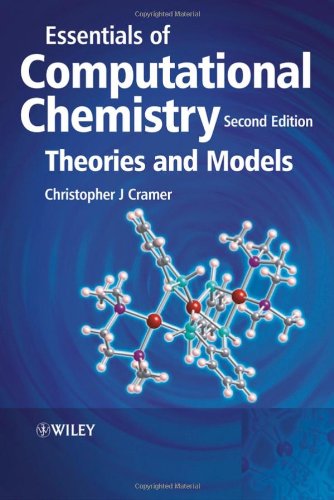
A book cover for Essentials of Computational Chemistry: Theories and Models; Christopher J. Cramer; Science & Math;